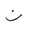
Letter: _non